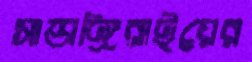
সাভাঙ্গিরাইয়ের